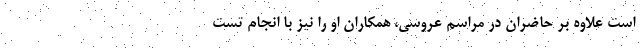
است علاوه بر حاضران در مراسم عروسی، همکاران او را نیز با انجام تست